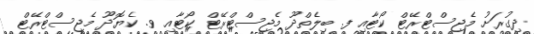
ދިގުރަށު މެޖިސްޓްރޭޓް ކޯޓާއި ފ. ބިލެތްދޫ މެޖިސްޓްރޭޓް ކޯޓާއި ވ. ކެޔޮދޫ މެޖިސްޓްރޭޓް